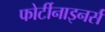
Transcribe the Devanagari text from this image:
फोर्टीनाइनर्स